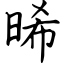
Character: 晞